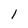
Character: l